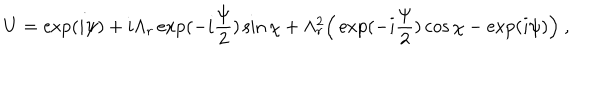
U = \exp ( i \psi ) + i \Lambda _ { r } \exp ( - i \frac { \psi } { 2 } ) \sin \chi + \Lambda _ { r } ^ { 2 } \Bigr ( \exp ( - i \frac { \psi } { 2 } ) \cos \chi - \exp ( i \psi ) \Bigr ) \ ,